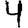
Digit: 4